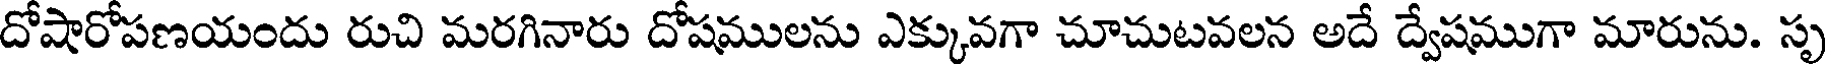
దోషారోపణయందు రుచి మరగినారు దోషములను ఎక్కువగా చూచుటవలన అదే ద్వేషముగా మారును. సృ